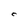
Character: C